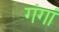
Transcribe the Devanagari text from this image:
गंगां